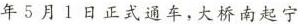
年 5 月 1 日正式通车，大桥南起宁